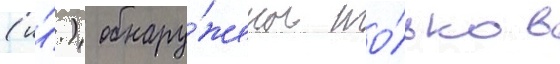
(и́.) обнару́жены то́лько в